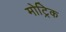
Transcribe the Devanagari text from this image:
मोट्रिक